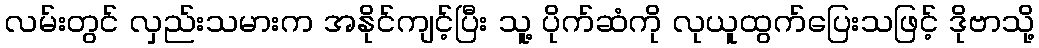
လမ်းတွင် လှည်းသမားက အနိုင်ကျင့်ပြီး သူ့ ပိုက်ဆံကို လုယူထွက်ပြေးသဖြင့် ဒိုဗာသို့